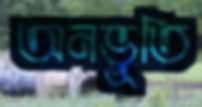
অনভূতি